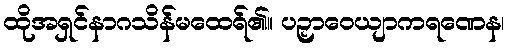
ထိုအရှင်နာဂသိန်မထေရ်၏။ ပဉှာဝေယျာကရဏေန၊